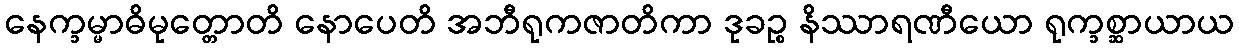
နေက္ခမ္မာဓိမုတ္တောတိ နောပေတိ အဘီရုကဇာတိကာ ဒုခဉ္စ နိဿာရဏီယော ရုက္ခစ္ဆာယာယ